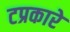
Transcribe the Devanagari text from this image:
टप्रकारे